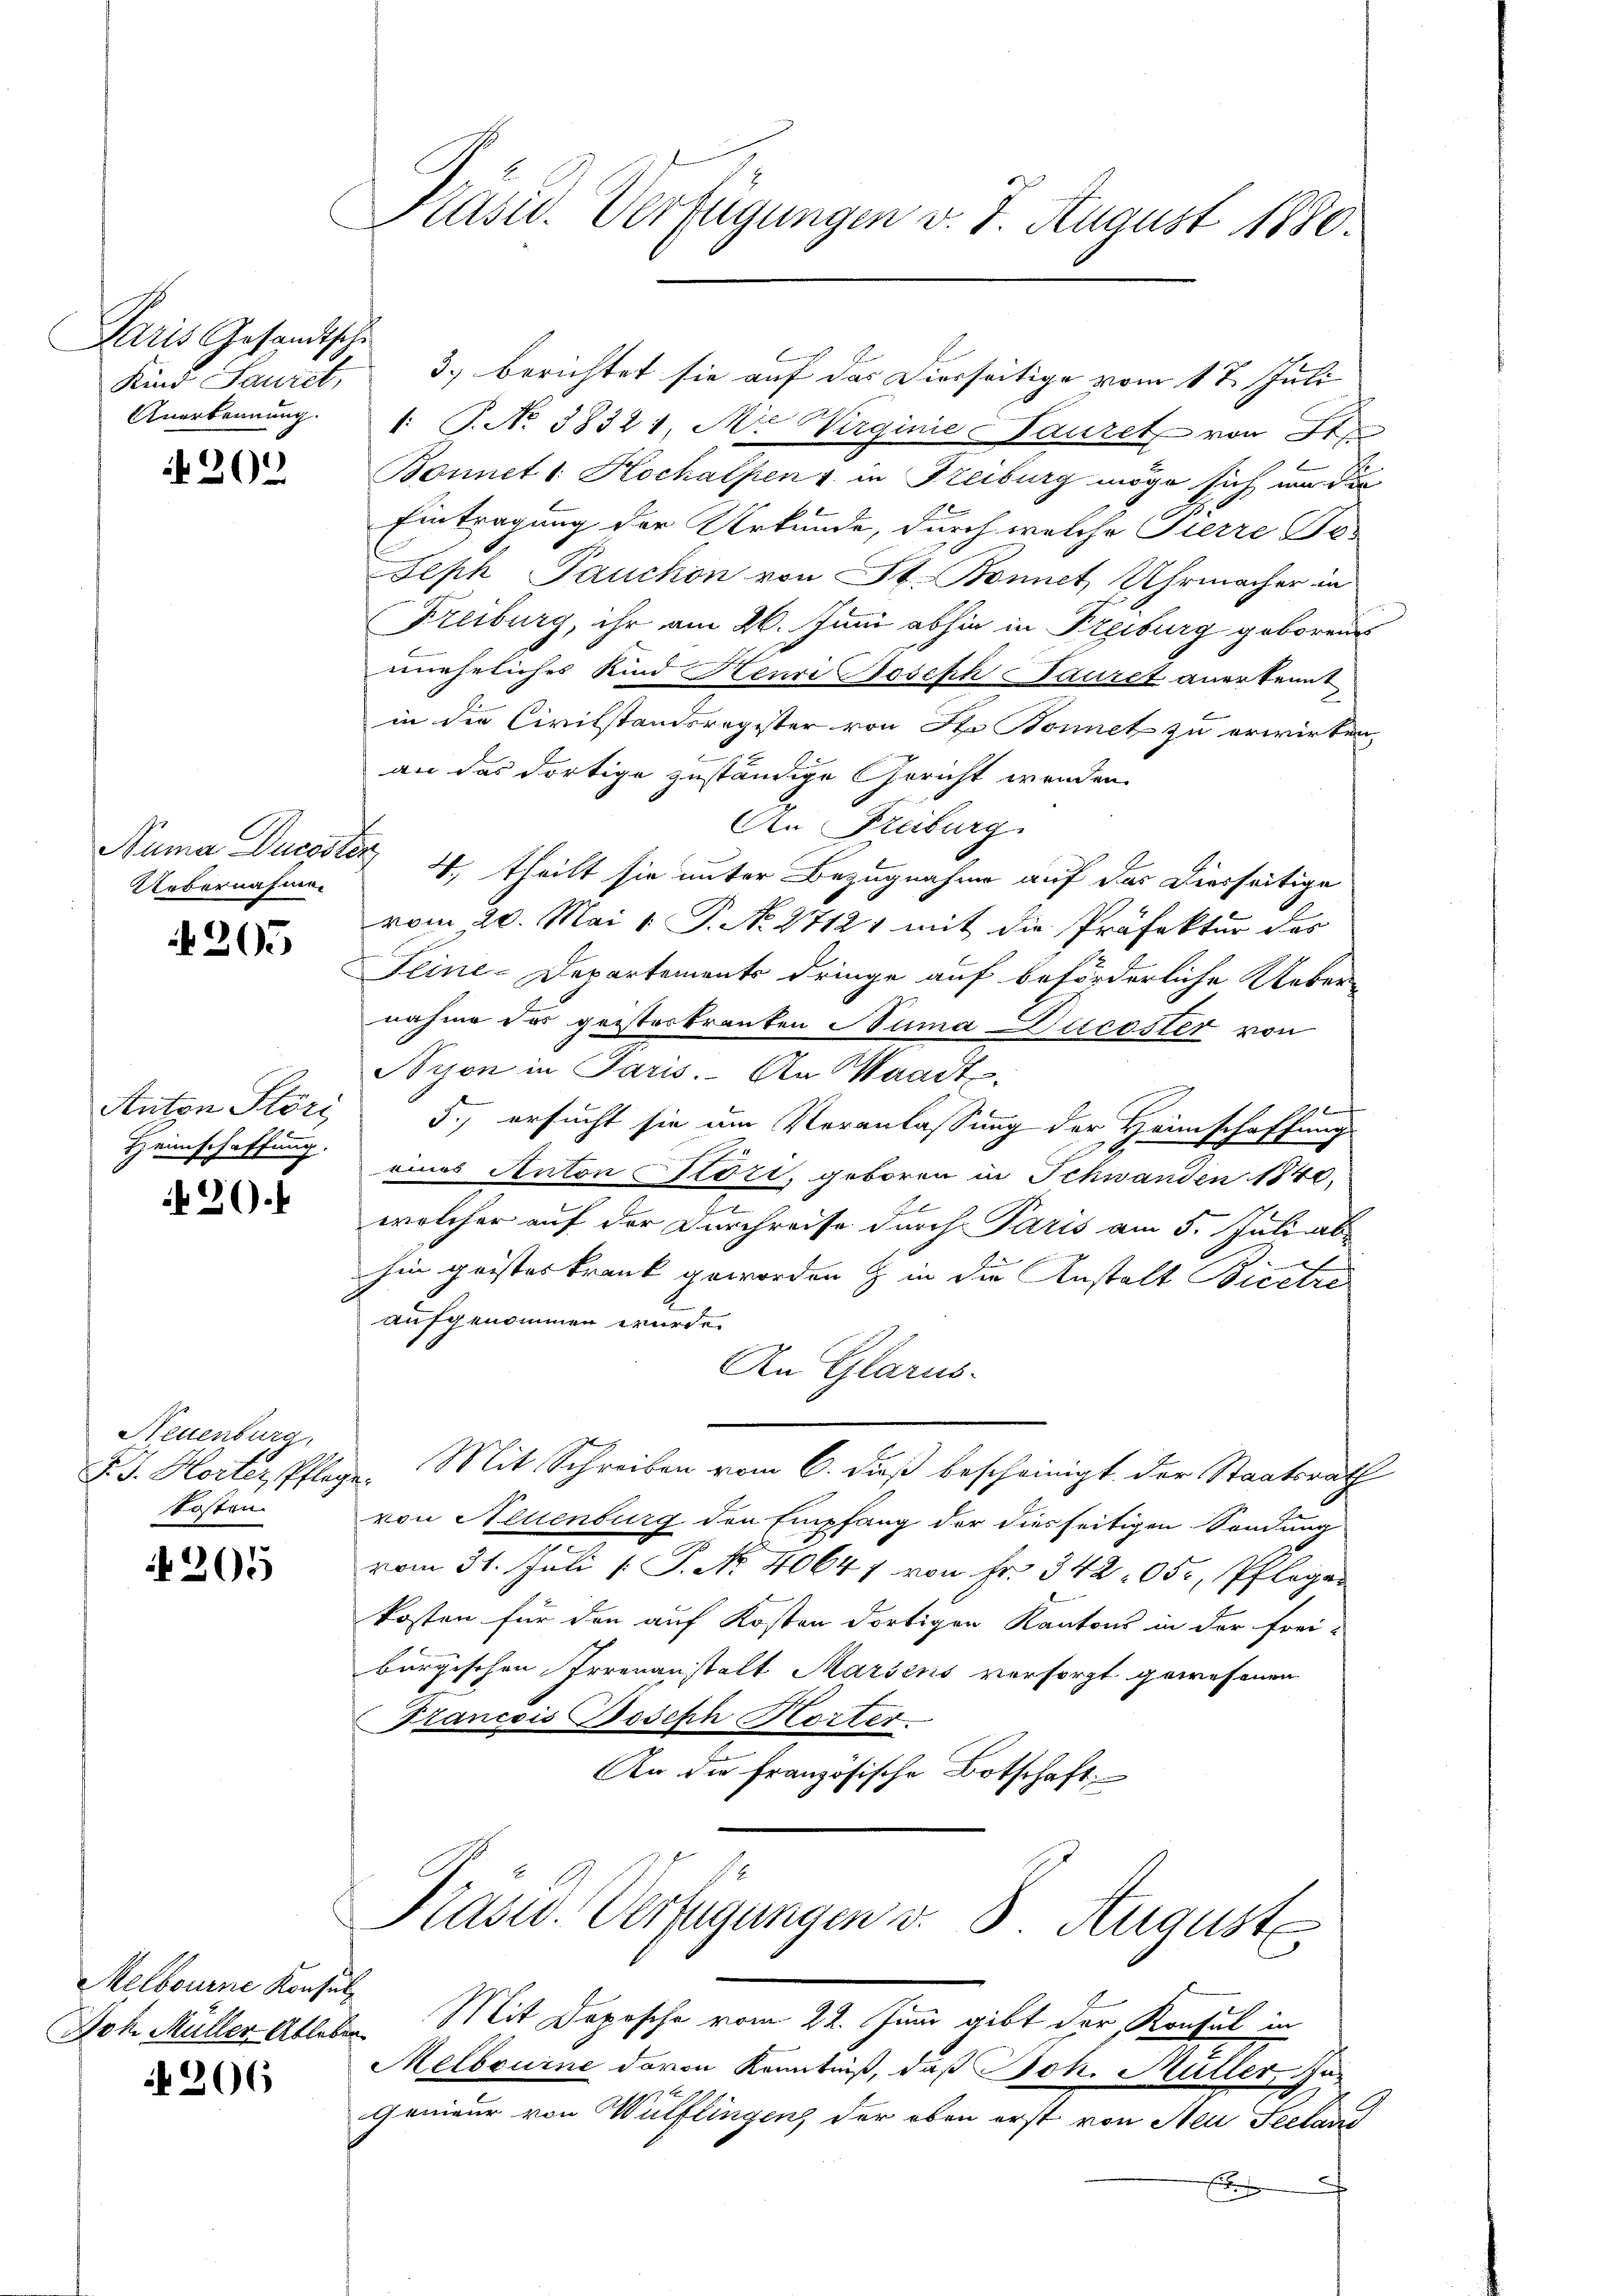
Paris Gesandtsche
Anerkennung.

202

Uebernahmen

205

Anton Störi
Heimschaffung.

20.

Neuenburg,
kosten

205

Melbourne Konsul

206

Präsid. Verfügungen v. J. August 1880.

Kind Sauret, 3. berichtet sie auf das Dierseitige vom 1 t Juli
1: P. No. 38321, M. Wirginie Lauret von St
Bonnet 1. Hochalpen & in Freiburg möge sich um der
Eintragung der Urkunde, durch welche Tierre To-
Seph Pauchon von St. Bonnet, Uhrmacher in
Freiburg, ihr am 26. Juni abhin in Freiburg geborene
uneheliches Kind Heuri Joseph Lauret anerkennt
in die Civilstandsregister von No Bonnet zu erwirten,
an das dortige zuständige Gericht werden.
An Freiburg
Numa Ducoster 4. theilt sie unter Bezugnahme auf der Dierseitige
vom 20. Mai v. P. N. 27121 mit die Präfektur des
Seine-Departements dringe auf beförderliche Ueber-
nahme das geisterkranten Numa Ducoster von
yon in Paris. An Waadt.
 Bach
5., ersucht sie um Veranlassung der Heimschaffung
eines Anton Giori, geboren in Schwanden 1840,
wolcher auf der Durchreise durch Paris am 5. Juli ab
t
hin geisteskrank geworden & in die Anstalt Bicetre
aufgenommen wurde.
An Glarus.
F. J. Horter Pflege. Mit Schreiben vom 6. daß bescheinigt der Staatsrath
von Neuenburg den Empfang der diesseitigen Sendung
vom 31. Juli 1 P. No. 40647 von fr. 342 05, Pflegen
kosten für den auf Kosten dortigen Kantons in der Frei-
burgischen Irrenanstalt Marsens versorgt gewesenen
Francois Joseph Horter
An die französische Botschaft
Präsid. Verfügungen v. 8. August.
Joh. Müller Ableber Mit Deposche vom 22. Juni gibt der Konsul in
Melbourne davon Kenntniß, daß Joh. Müller, Ju¬
Genieur von Wülflingen der oben erst von Neu Seeland
F